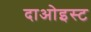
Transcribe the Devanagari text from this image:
दाओइस्ट